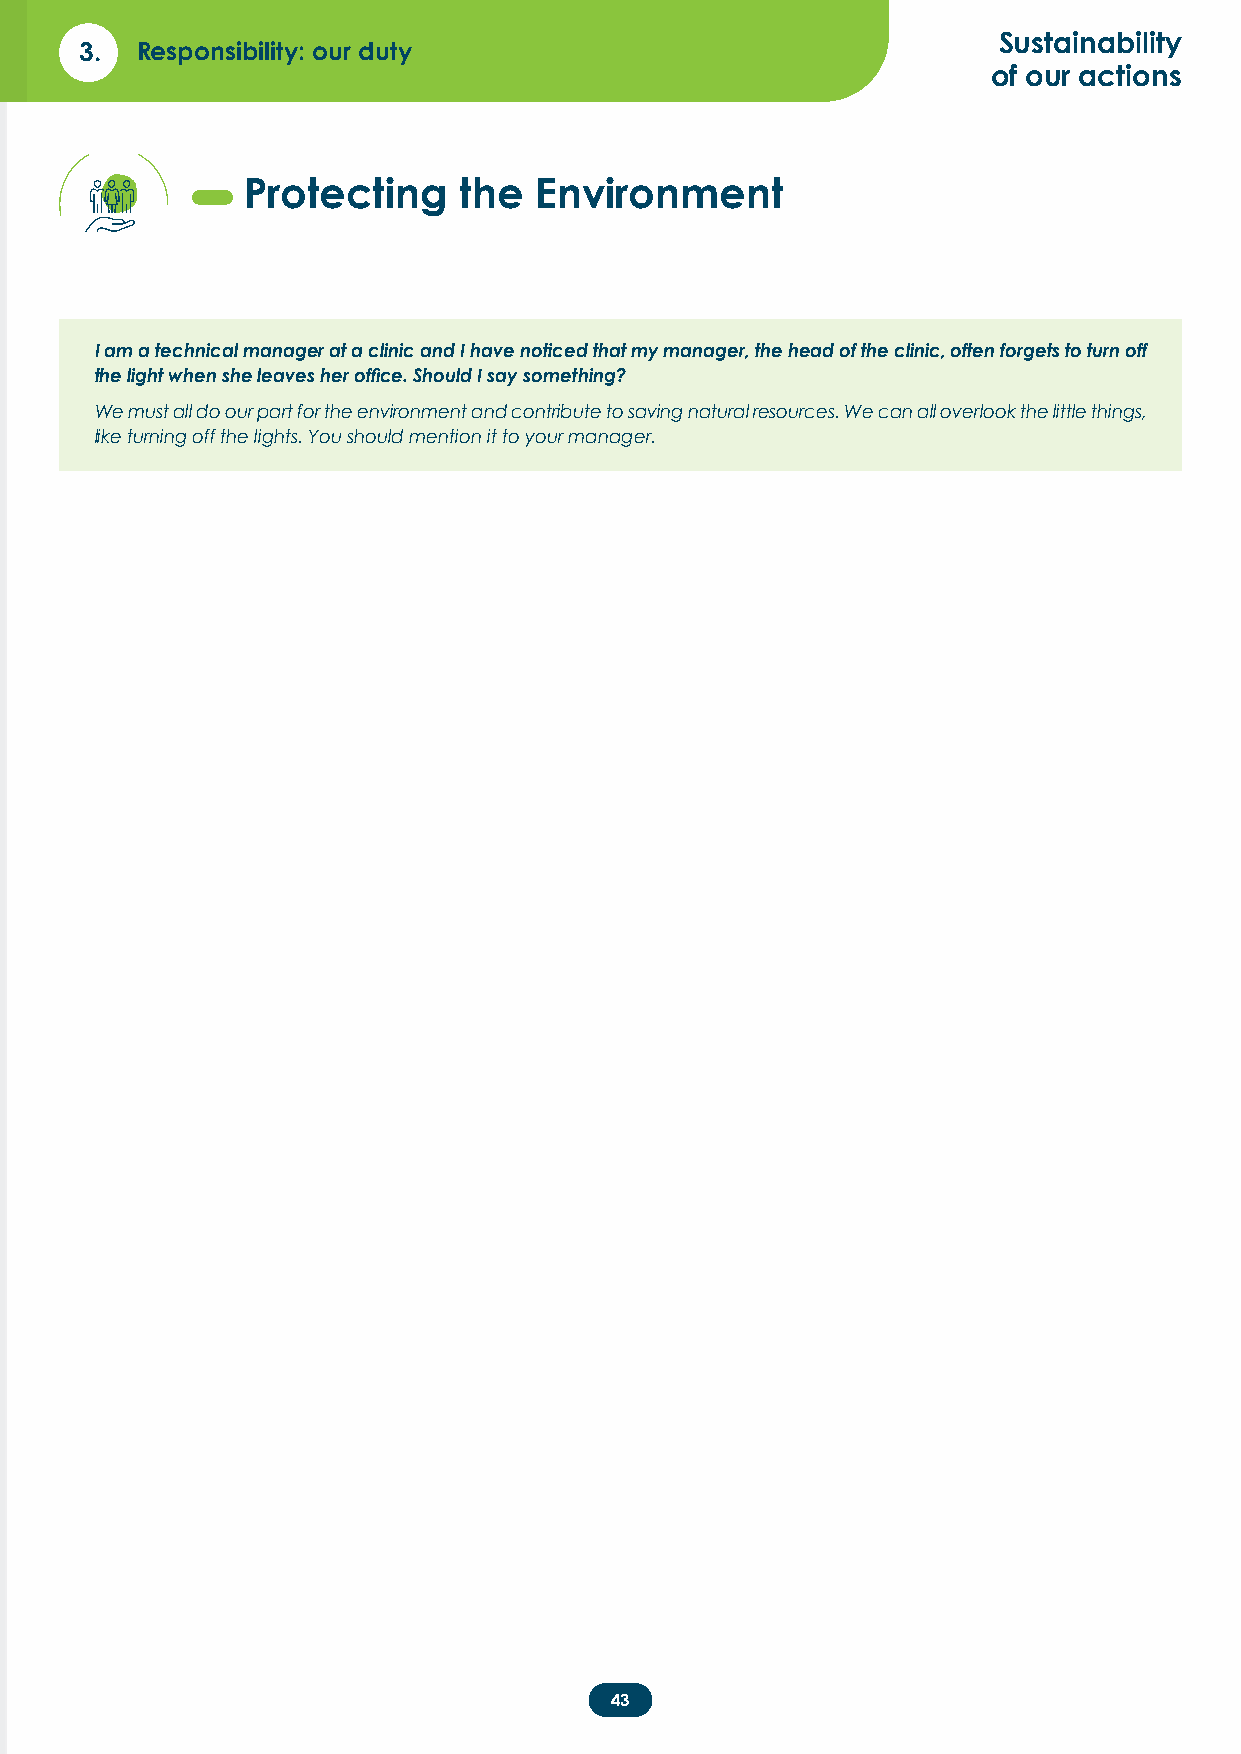
Sustainability
 3.  Responsibility: our duty
 of our actions
 Protecting    the  Environment
 I am a technical manager at a clinic and I have noticed that my manager, the head of the clinic, often forgets to turn off
 the light when she leaves her office. Should I say something?
 We must all do our part for the environment and contribute to saving natural resources. We can all overlook the little things,
 like turning off the lights. You should mention it to your manager.
 43